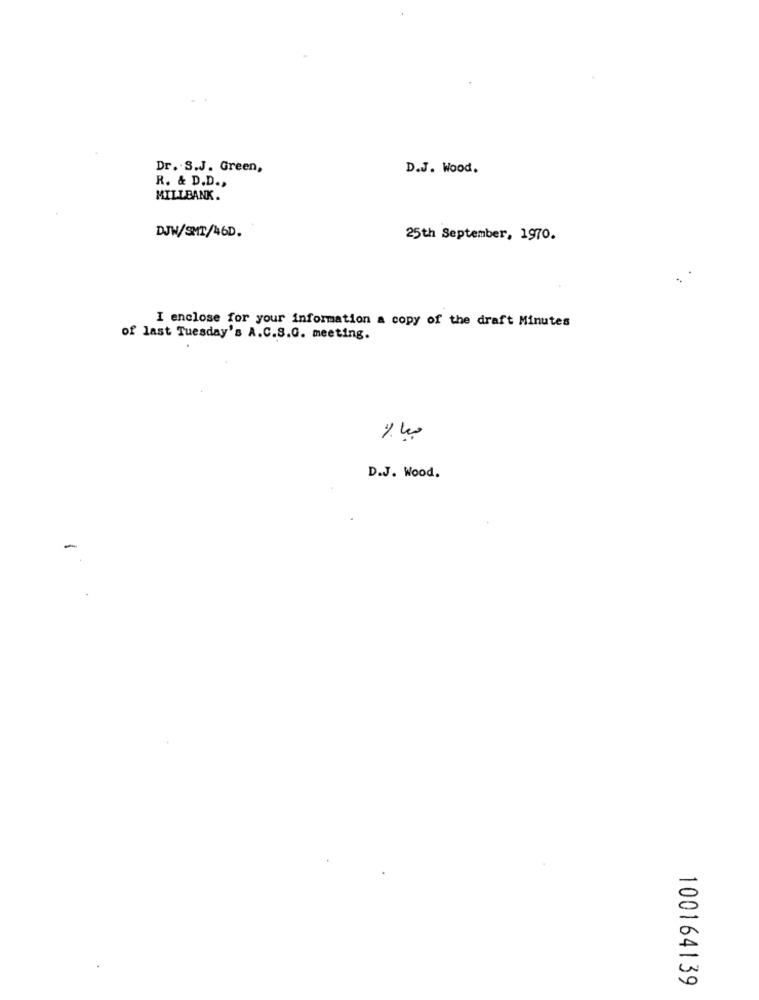
Dr. S.J. Green,
D.J. Wood.
R. & D.D .,
MILLBANK.
DJW/SMT/46D.
25th September, 1970.
I enclose for your information a copy of the draft Minutes
of last Tuesday's A.C.S.G. meeting.
D.J. Wood.
-
100164139